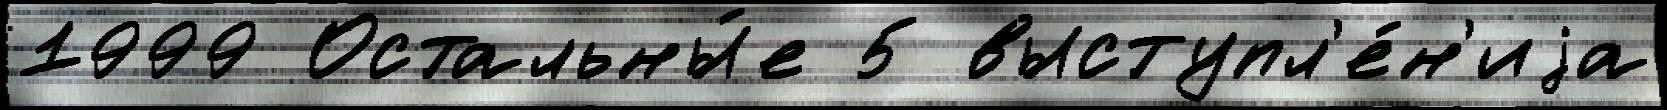
1999 Остальны́е 5 выступл'е́н'иjа